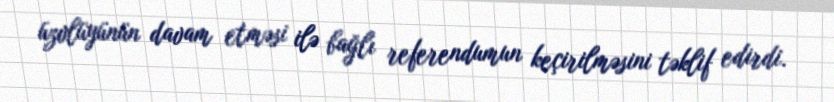
üzvlüyünün davam etməsi ilə bağlı referendumun keçirilməsini təklif edirdi.